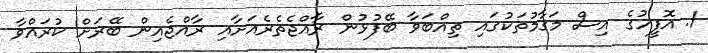
1. އޮފީހުގެ އިސް މަޤާމުތަކުގައި ތިއްބަވާ ބޭފުޅުން ރާއްޖެތެރެއަށާއި ރާއްޖެއިން ބޭރަށް ކުރައްވާ